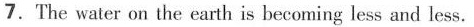
7.The water on the earth is becoming less and less.